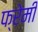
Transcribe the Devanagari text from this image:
फ्रेमी